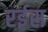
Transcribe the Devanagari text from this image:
रर्इस